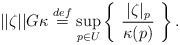
LaTeX: \begin{align*} ||\zeta||G\kappa \stackrel{def}{=} \sup_{p \in U} \left\{ \ \frac{|\zeta|_p}{\kappa(p)} \ \right\}.\end{align*}